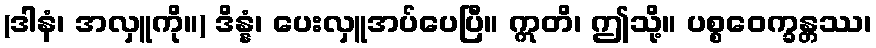
(ဒါနံ၊ အလှူကို။) ဒိန္နံ၊ ပေးလှူအပ်ပေပြီ။ ဣတိ၊ ဤသို့။ ပစ္စဝေက္ခန္တဿ၊